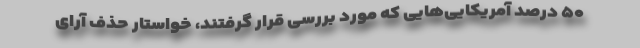
۵۰ درصد آمریکایی‌هایی که مورد بررسی قرار گرفتند، خواستار حذف آرای